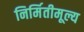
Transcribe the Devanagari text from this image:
निर्मितीमूल्य